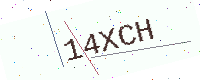
Text: 14XCH